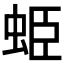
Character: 𧊺